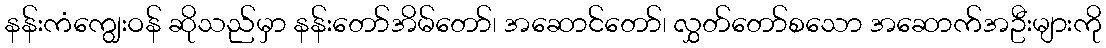
နန်းကံကျွေးဝန် ဆိုသည်မှာ နန်းတော်အိမ်တော်၊ အဆောင်တော်၊ လွှတ်တော်စသော အဆောက်အဦးများကို